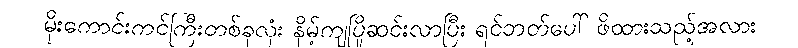
မိုးကောင်းကင်ကြီးတစ်ခုလုံး နိမ့်ကျပြိုဆင်းလာပြီး ရင်ဘတ်ပေါ် ဖိထားသည့်အလား